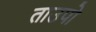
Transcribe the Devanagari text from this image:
ताउपो